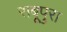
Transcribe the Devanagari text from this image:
राबूपुरा